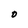
Character: O